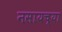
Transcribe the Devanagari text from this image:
नसायच्या